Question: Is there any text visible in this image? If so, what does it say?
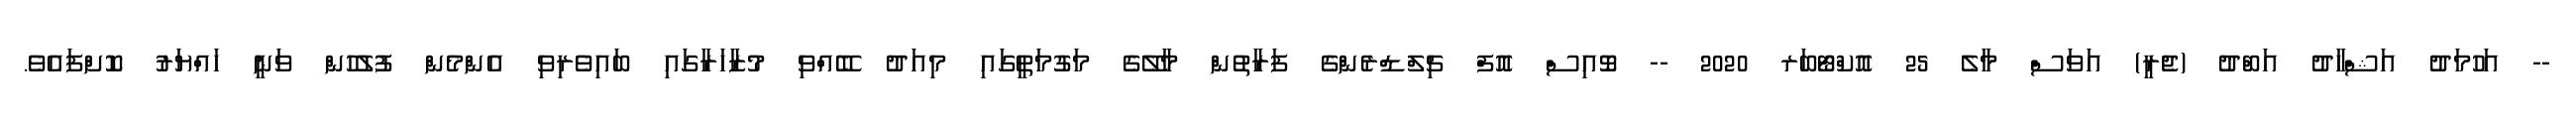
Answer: -- އަހުމަދު އަޝްހާދު އަބްދު (ޖެރީ) އަވަސް މާލެ 25 އޮކްޓޯބަރ 2020 -- ވޮއިސް އޮފް ޗިލްޑްރެންގެ ފަރާތުން މާލޭގެ މަގުމަތީގައި މިއަދު ބޭއްވި މުޒާހަރާގައި ބައިވެރިވި އެންމެން ފުލުހުން ވަނީ ހައްޔަރު ކޮށްފައެވެ.